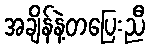
အချိန်နဲ့တပြေးညီ